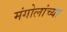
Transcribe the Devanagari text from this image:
मंगोलांच्या